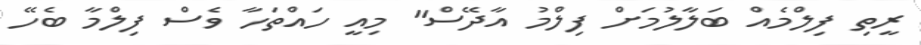
ރީތި ފިލްމެއް ބަލާލުމަށް ފިލްމު އާދޭސް" މިއީ ހައްތަހާ ވެސް ފިލްމާ ބެހޭ